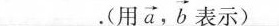
___.(用\overrightarrow{a},